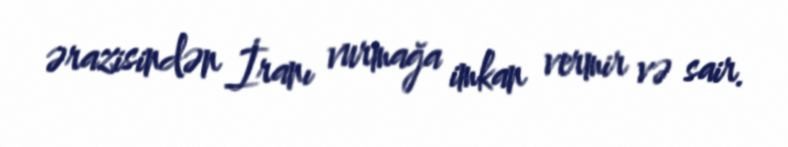
ərazisindən İranı vurmağa imkan vermir və sair.